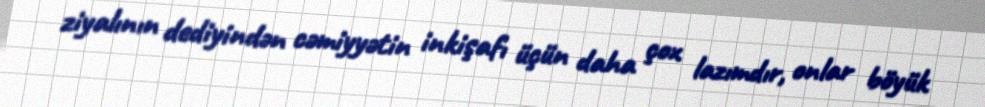
ziyalının dediyindən cəmiyyətin inkişafı üçün daha çox lazımdır, onlar böyük